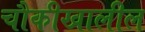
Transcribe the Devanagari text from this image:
चौकीखालील